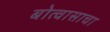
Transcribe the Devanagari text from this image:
बोत्वासाचा